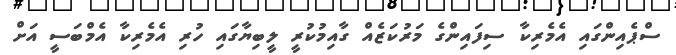
ސްޕެއިންގައި އެމެރިކާ ސިފައިންގެ މަރުކަޒެއް ގާއިމުކުރީ ލީބިޔާގައި ހުރި އެމެރިކާ އެމްބަސީ އަށް